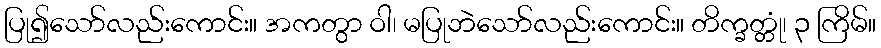
ပြု၍သော်လည်းကောင်း။ အကတွာ ဝါ၊ မပြုဘဲသော်လည်းကောင်း။ တိက္ခတ္တုံ၊ ၃ ကြိမ်။